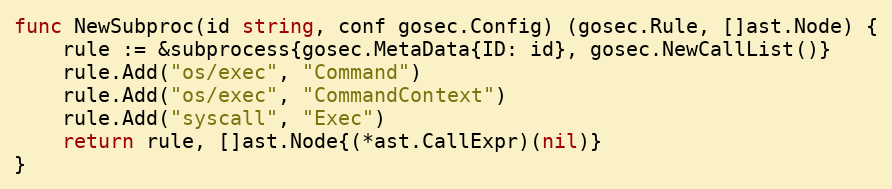
Language: Go
func NewSubproc(id string, conf gosec.Config) (gosec.Rule, []ast.Node) {
	rule := &subprocess{gosec.MetaData{ID: id}, gosec.NewCallList()}
	rule.Add("os/exec", "Command")
	rule.Add("os/exec", "CommandContext")
	rule.Add("syscall", "Exec")
	return rule, []ast.Node{(*ast.CallExpr)(nil)}
}